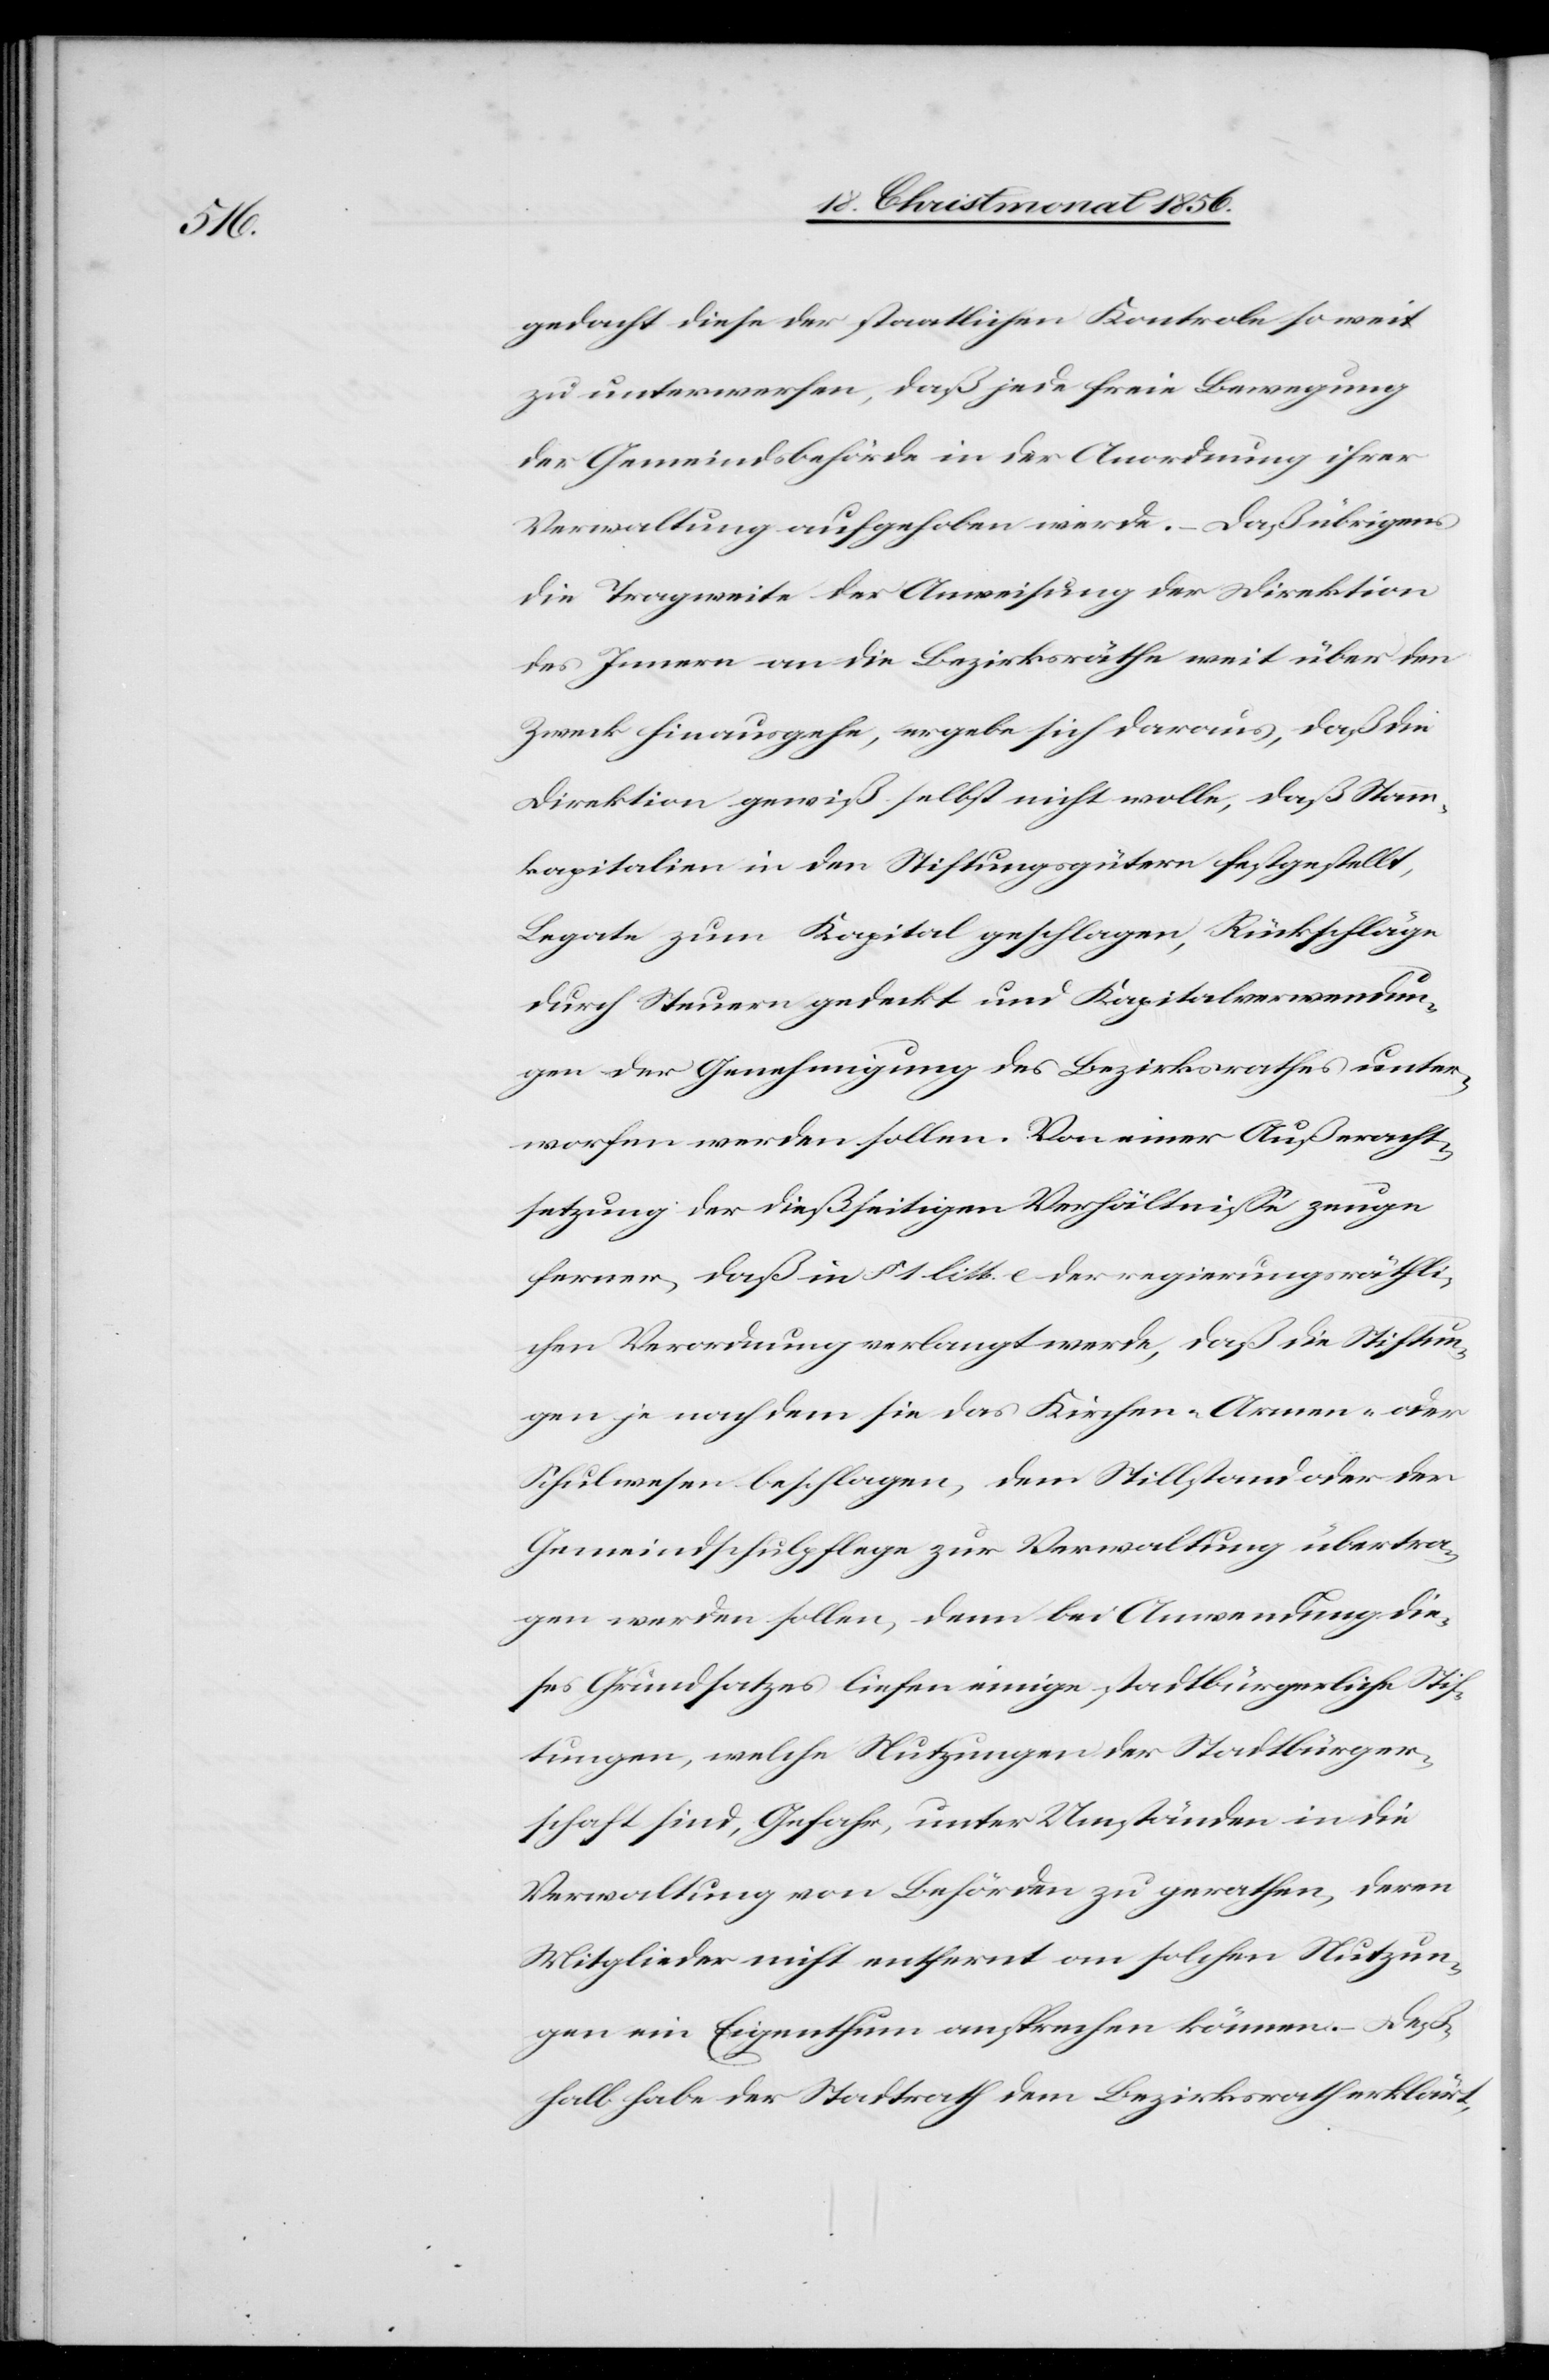
gedacht diese der staatlichen Kontrole so weit
zu unterwerfen, daß jede freie Bewegung
der Gemeindsbehörde in der Anordnung ihrer
Verwaltung aufgehoben werde. – Daß übrigens
die Tragweite der Anweisung der Direktion
des Innern an die Bezirksräthe weit über den
Zweck hinausgehe, ergebe sich daraus, daß die
Direktion gewiß selbst nicht wolle, daß Stamm¬
kapitalien in den Stiftungsgütern festgestellt,
Legate zum Kapital geschlagen, Rückschläge
durch Steuern gedeckt und Kapitalverwendun¬
gen der Genehmigung des Bezirksrathes unter¬
worfen werden sollen. Von einer Außeracht¬
setzung der dießseitigen Verhältniße zeuge
ferner, daß in § 1 litt. e der regierungsräthli¬
chen Verordnung verlangt werde, daß die Stiftun¬
gen je nach dem sie das Kirchen-[,] Armen- oder
Schulwesen beschlagen, dem Stillstand oder der
Gemeindschulpflege zur Verwaltung übertra¬
gen werden sollen, denn bei Anwendung die¬
ses Grundsatzes liefen einige stadtbürgerliche Stif¬
tungen, welche Nutzungen der Stadtbürger¬
schaft sind, Gefahr, unter Umständen in die
Verwaltung von Behörden zu gerathen, deren
Mitglieder nicht entfernt an solchen Nutzun¬
gen ein Eigenthum ansprechen können. – Deß¬
halb habe der Stadtrath dem Bezirksrath erklärt,